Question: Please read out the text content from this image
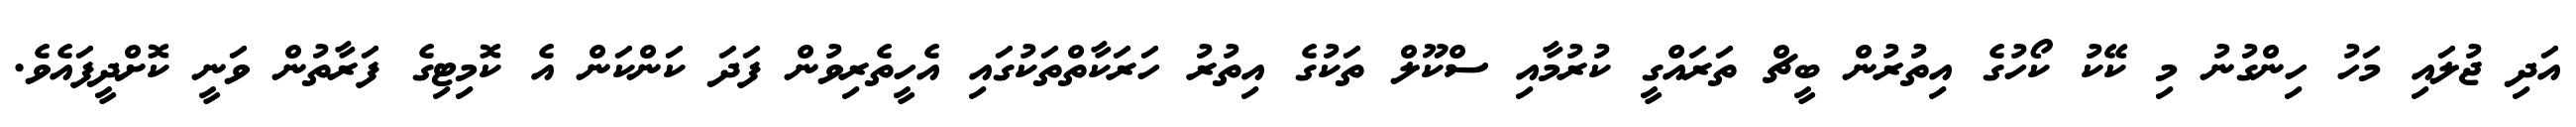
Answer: އަދި ޖުލައި މަހު ހިންގުނު މި ކޭކު ކޯހުގެ އިތުރުން ބީޗް ތަރައްގީ ކުރުމާއި ސްކޫލް ތަކުގެ އިތުރު ހަރަކާތްތަކުގައި އެހީތެރިވުން ފަދަ ކަންކަން އެ ކޮމިޓިގެ ފަރާތުން ވަނީ ކޮށްދީފައެވެ.